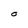
Character: O